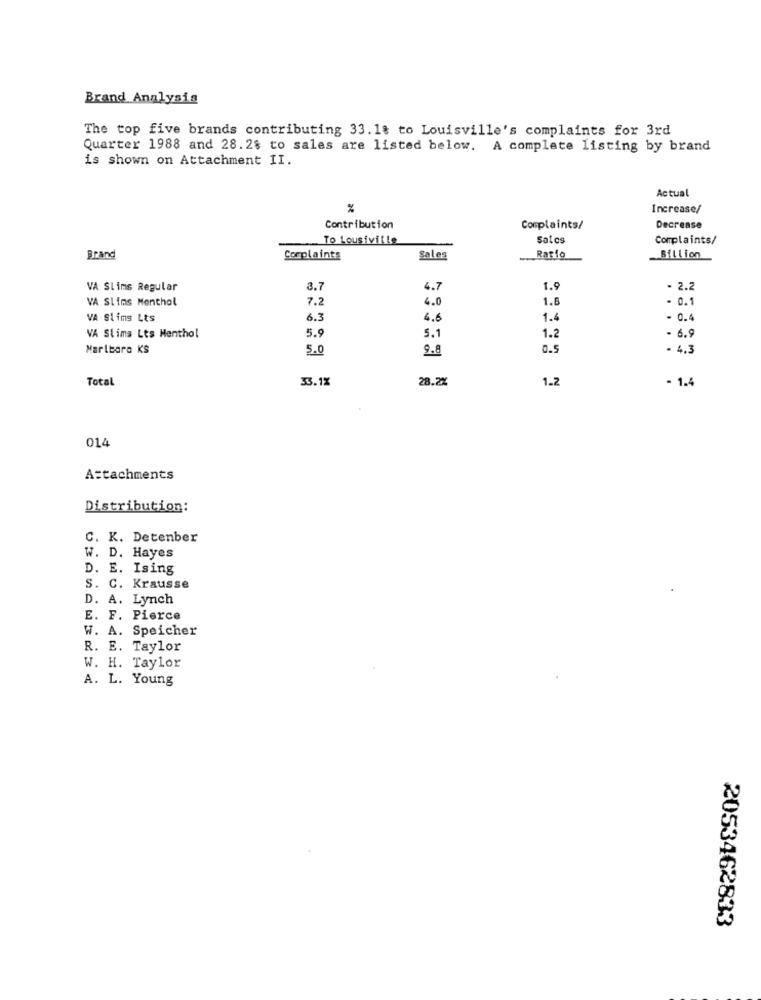
Brand Analysis
The top five brands contributing 33. 18 to Louisville's complaints for 3rd
Quarter 1988 and 28.28 to sales are listed below. A complete listing by brand
is shown on Attachment II.
Actual
%
Increase/
Contribution
Complaints/
Decrease
To Lousiville
Sale
Complaints/
Brand
Complaints
Sales
Ratio
Billion
VA Slims Regular
3.7
4.7
1.9
- 2.2
VA Slims Menthol
7.2
4.0
1.8
- 0.1
VA Slims Lts
6.3
4.6
1.4
- 0.4
- 6.9
VA Slims Lts Menthol
5.9
5.1
1.2
Marlboro KS
5.0
9.8
0.5
· 4.3
Total
33.1%
28.2%
1.2
- 1.4
014
Attachments
Distribution:
C. K. Detenber
W. D. Hayes
D. E. Ising
S. C. Krausse
D. A. Lynch
E. F. Pierce
W. A. Speicher
R. E. Taylor
W. H. Taylor
A. L. Young
2053462833